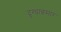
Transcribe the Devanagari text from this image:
दुग्धान्नसार